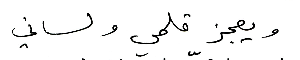
ويعجز قلمي ولساني